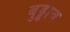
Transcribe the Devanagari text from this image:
बुड्डाव